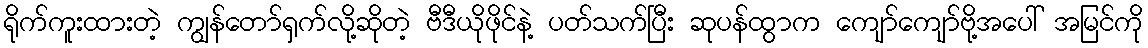
ရိုက်ကူးထားတဲ့ ကျွန်တော်ရှက်လို့ဆိုတဲ့ ဗီဒီယိုဖိုင်နဲ့ ပတ်သက်ပြီး ဆုပန်ထွာက ကျော်ကျော်ဗို့အပေါ် အမြင်ကို